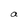
Character: a